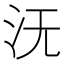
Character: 𣲘